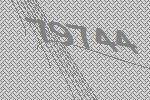
79744